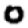
Digit: 0